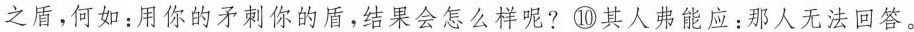
之盾，何如：用你的矛刺你的盾，结果会怎么样呢?⑩其人弗能应：那人无法回答。